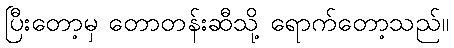
ပြီးတော့မှ တောတန်းဆီသို့ ရောက်တော့သည်။